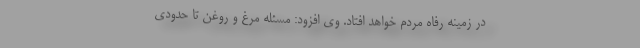
در زمینه رفاه مردم خواهد افتاد. وی افزود: مسئله مرغ و روغن تا حدودی